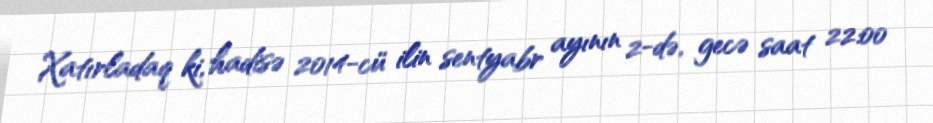
Xatırladaq ki, hadisə 2014-cü ilin sentyabr ayının 2-də, gecə saat 22:00